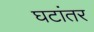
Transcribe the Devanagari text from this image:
घटांतर